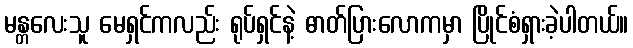
မန္တလေးသူ မေရှင်ကလည်း ရုပ်ရှင်နဲ့ ဓာတ်ပြားလောကမှာ ပြိုင်စံရှားခဲ့ပါတယ်။